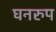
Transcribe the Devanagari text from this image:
घनरुप